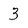
Character: 3